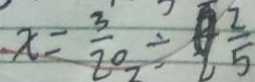
x = \frac { 3 } { 2 0 } \div \frac { 2 } { 5 }